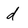
Character: d